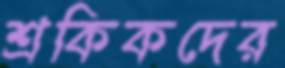
শ্রকিকদের